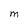
Character: M